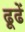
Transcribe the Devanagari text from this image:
ढूढें